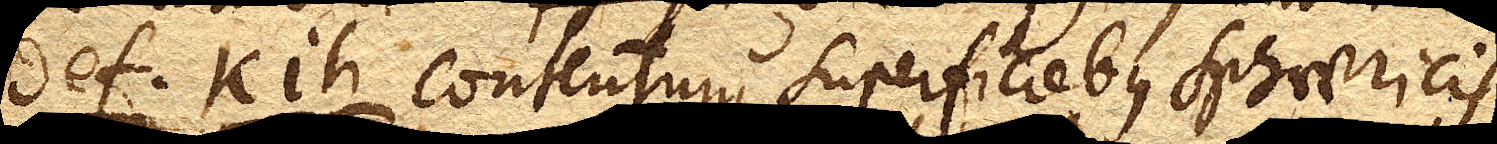
def. kih. contentum superficiebus sphaericis